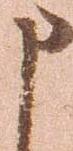
申